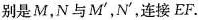
别是M，N与M^{\prime}，N^{\prime}，连接EF。